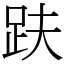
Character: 趺